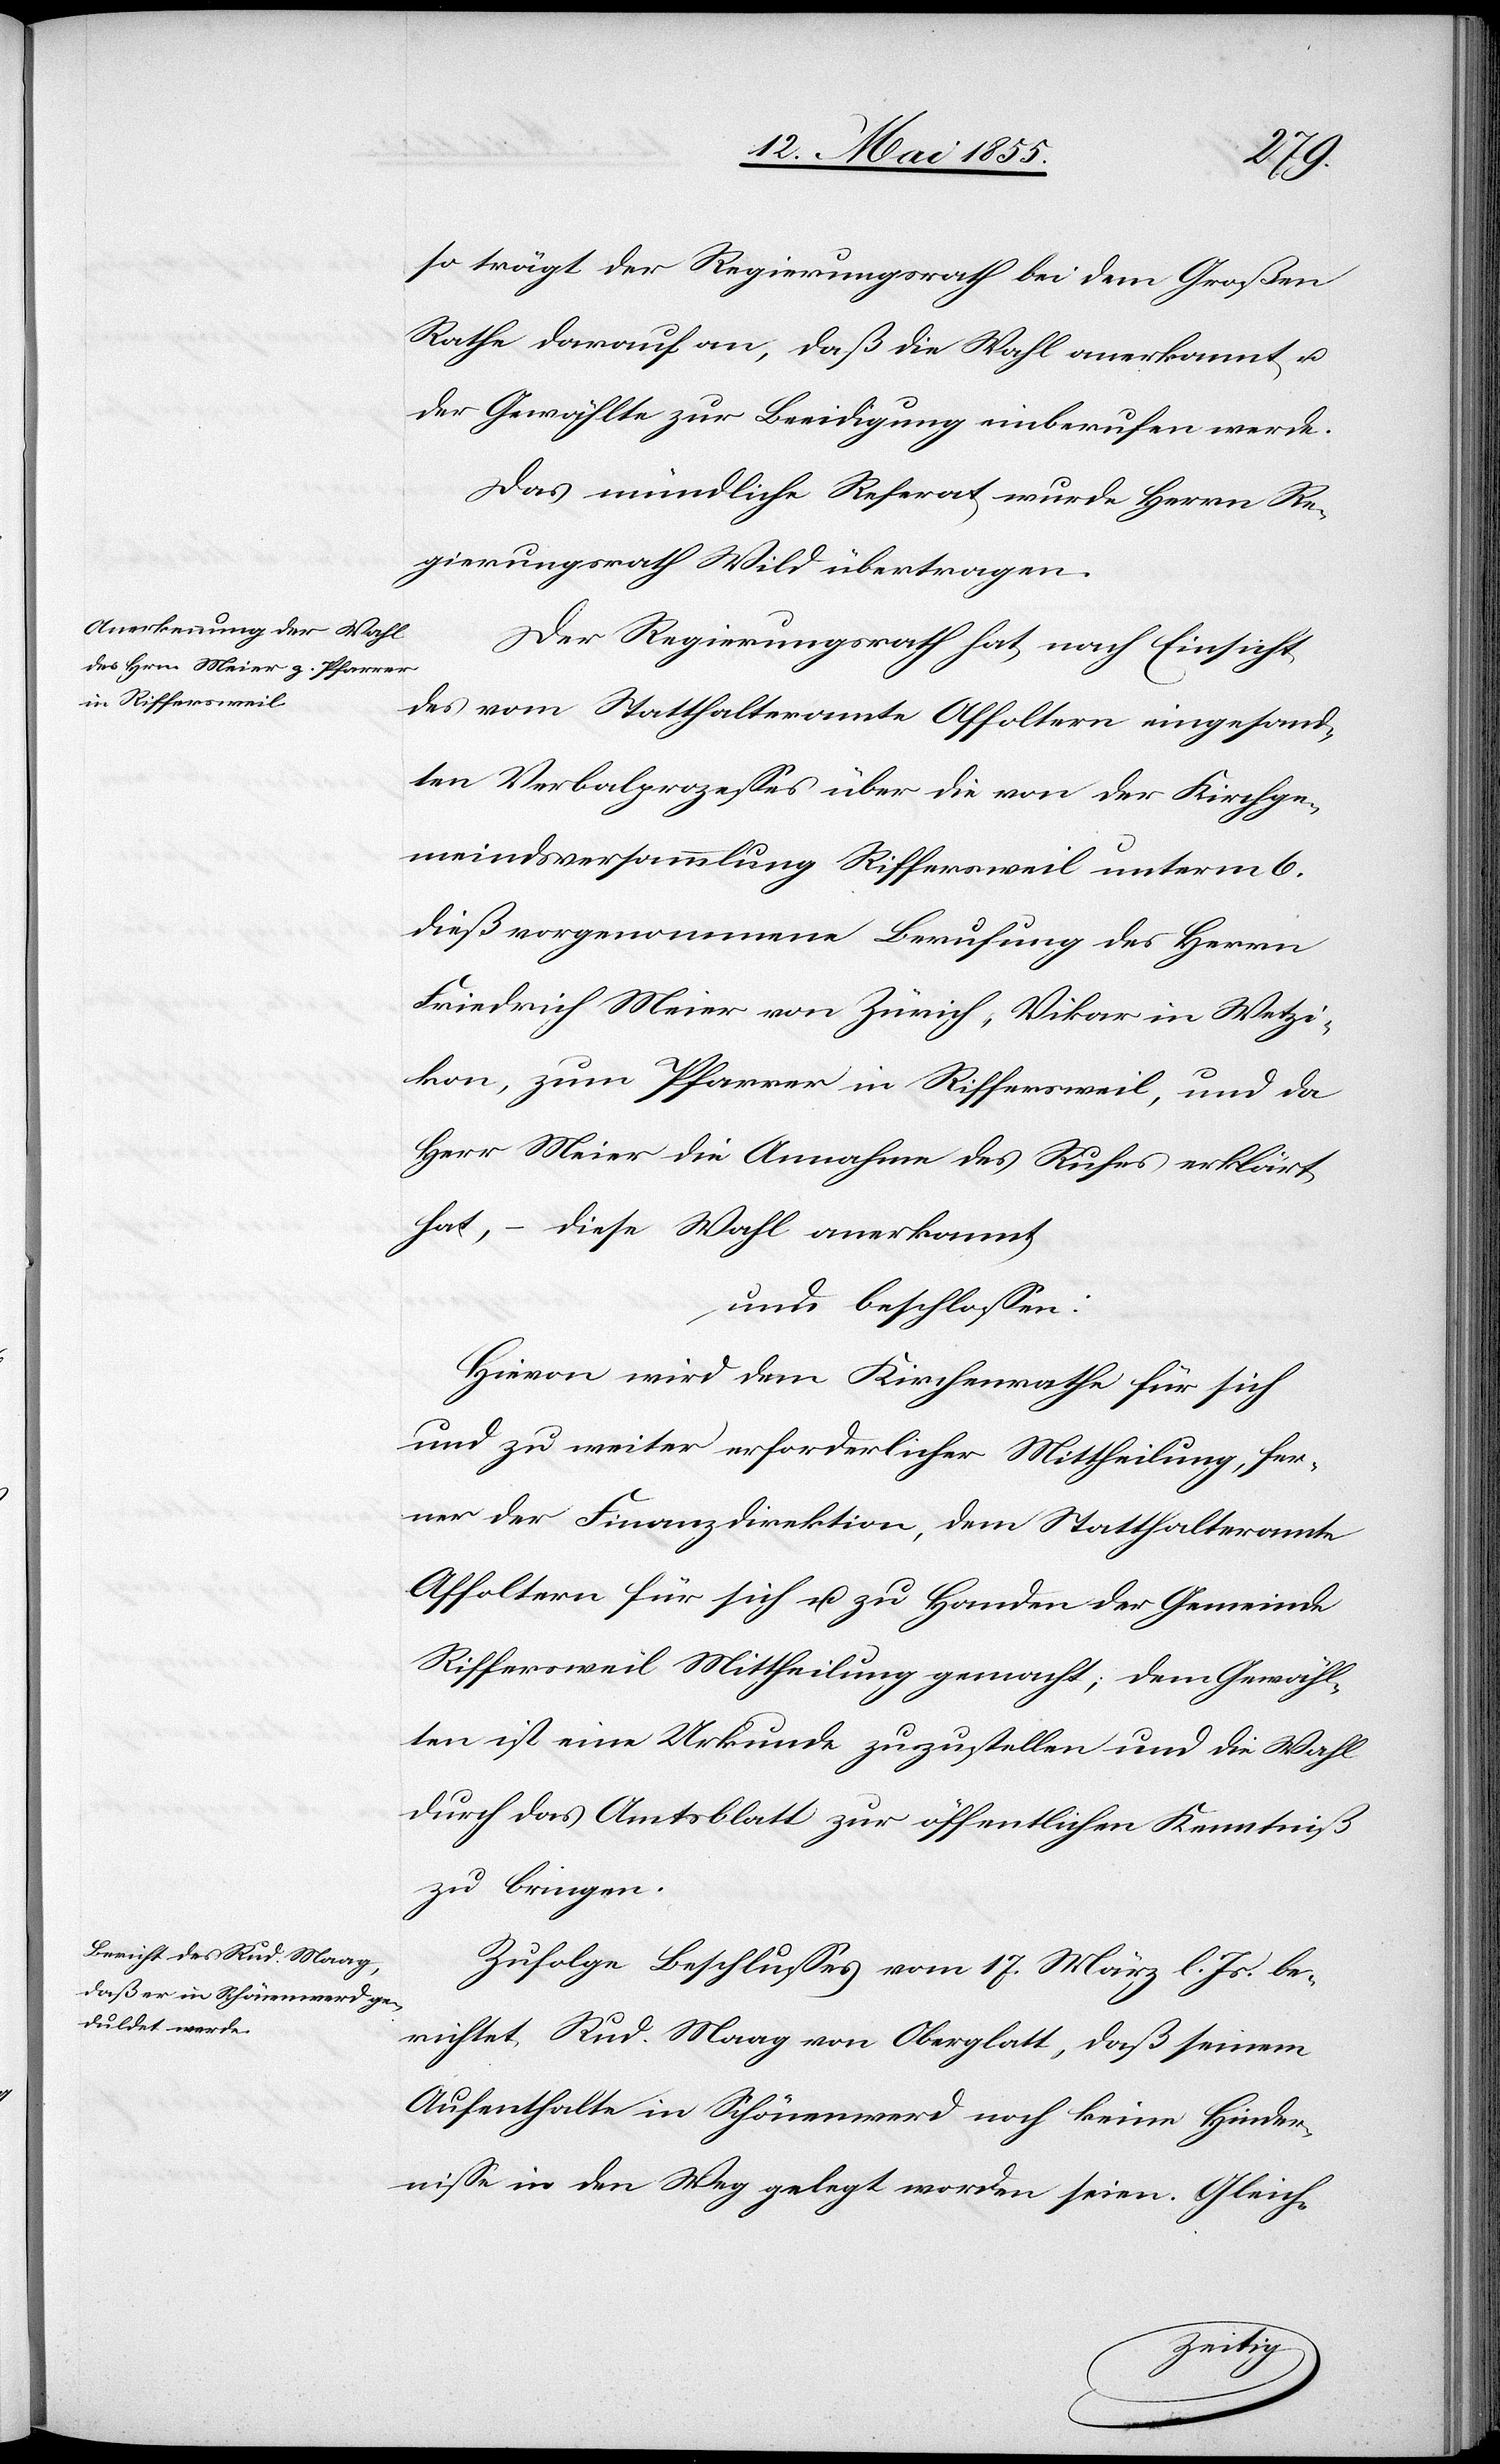
so trägt der Regierungsrath bei dem Großen
Rathe darauf an, daß die Wahl anerkannt u.
der Gewählte zur Beeidigung einberufen werde.
Das mündliche Referat wurde Herrn Re¬
gierungsrath Wild übertragen.
Der Regierungsrath hat, nach Einsicht
des vom Statthalteramte Affoltern eingesand¬
ten Verbalprozesses über die von der Kirchge¬
meindsversammlung Riffersweil unterm 6.
dieß vorgenommene Berufung des Herrn
Friedrich Meier von Zürich, Vikar in Wetzi¬
kon, zum Pfarrer in Riffersweil, und da
Herr Meier die Annahme des Rufes erklärt
hat, – diese Wahl anerkannt,
und beschlossen:
Hievon wird dem Kirchenrathe für sich
und zu weiter erforderlicher Mittheilung, fer¬
ner der Finanzdirektion, dem Statthalteramte
Affoltern für sich u. zu Handen der Gemeinde
Riffersweil Mittheilung gemacht; dem Gewähl¬
ten ist eine Urkunde zuzustellen und die Wahl
durch das Amtsblatt zur öffentlichen Kenntniß
zu bringen.
Zufolge Beschlusses vom 17. März l. Js. be¬
richtet Rud. Maag von Oberglatt, daß seinem
Aufenthalte in Schönenwerd noch keine Hinder¬
nisse in den Weg gelegt worden seien. Gleich-